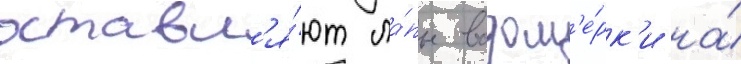
оставл'я́ют ла́пы водом'е́рк'и на́